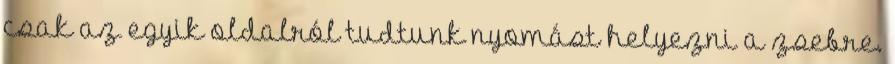
csak az egyik oldalról tudtunk nyomást helyezni a zsebre.